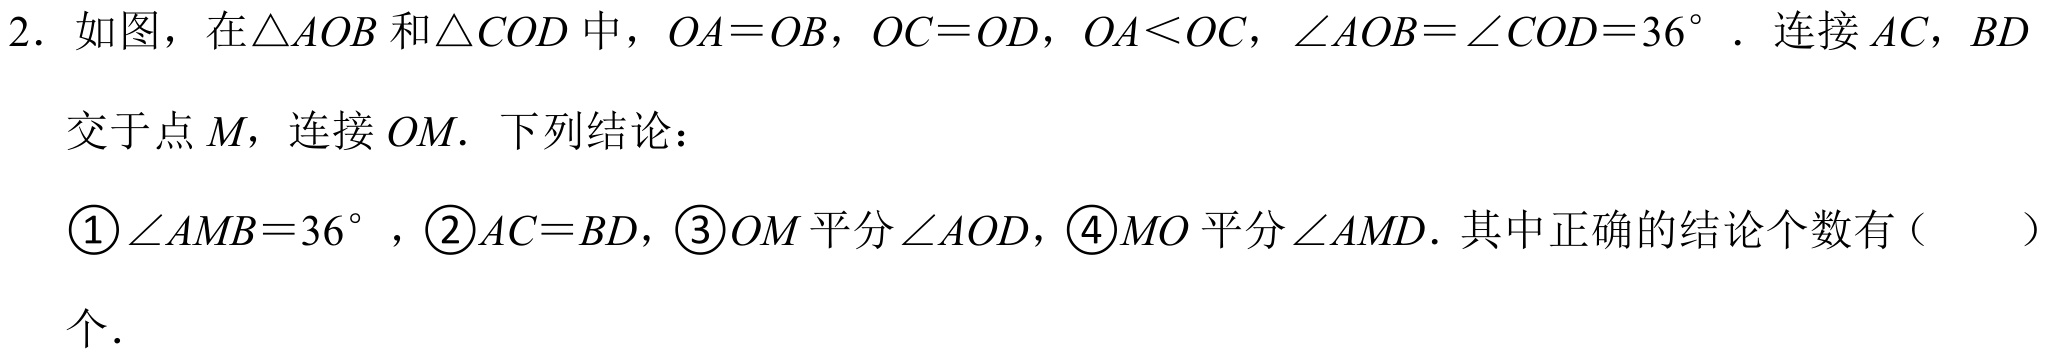
2. 如图，在\(\triangle AOB\)和\(\triangle COD\)中，\(OA = OB\)，\(OC = OD\)，\(OA<OC\)，\(\angle AOB=\angle COD = 36^{\circ}\). 连接\(AC\)，\(BD\)
   交于点\(M\)，连接\(OM\). 下列结论：
   \textcircled{1}\(\angle AMB = 36^{\circ}\)，\textcircled{2}\(AC = BD\)，\textcircled{3}\(OM\)平分\(\angle AOD\)，\textcircled{4}\(MO\)平分\(\angle AMD\). 其中正确的结论个数有（  ）
   个.